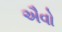
ઐવો